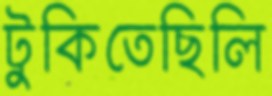
টুকিতেছিলি